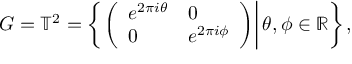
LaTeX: G = \mathbb { T } ^ { 2 } = \left\{ \left. \left( { \begin{array} { l l } { e ^ { 2 \pi i \theta } } & { 0 } \\ { 0 } & { e ^ { 2 \pi i \phi } } \end{array} } \right) \right| \theta , \phi \in \mathbb { R } \right\} ,